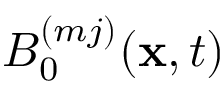
B _ { 0 } ^ { ( m j ) } ( \mathbf { x } , t )